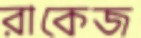
রাকেজ